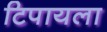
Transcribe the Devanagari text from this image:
टिपायला